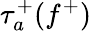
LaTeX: \tau_{a}^{+}(f^{+})